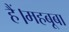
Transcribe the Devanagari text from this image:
हैं।महबूबा